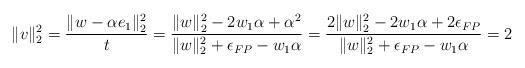
LaTeX: \begin{align*}\|v\|_2^2 &= \frac{\|w - \alpha e_1\|_2^2}{t}= \frac{\|w\|_2^2 - 2w_1\alpha + \alpha^2}{\|w\|_2^2 + \epsilon_{FP} - w_1\alpha}=\frac{2\|w\|_2^2 - 2w_1\alpha + 2\epsilon_{FP}}{\|w\|_2^2 + \epsilon_{FP} - w_1\alpha} = 2\end{align*}